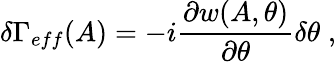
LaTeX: \delta\Gamma_{eff}(A)=-i\frac{\partial w(A,\theta)}{\partial\theta}\delta\theta\; ,